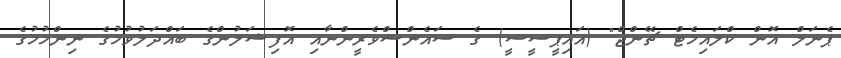
ޕެނަލް އޮން ކްލައިމެޓް ޗޭންޖް" (އައިޕީސީސީ) ގެ ސައެންސްވެރީންނާއި އޮފިޝަލުންގެ ބައްދަލުވުމުގެ ނިންމުމުގެ